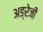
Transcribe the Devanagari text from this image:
अङ्रेजी